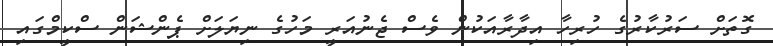
ގޮތަށް ސަރުކާރުގެ ހުރިހާ އިދާރާއަކުން ވެސް ޖެނުއަރީ މަހުގެ ނިޔަލަށް ޕެންޝަން ސްކީމްގައި